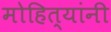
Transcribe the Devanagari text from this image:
मोहित्यांनी